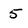
Character: 5